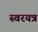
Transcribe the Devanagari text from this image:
स्वरयत्र